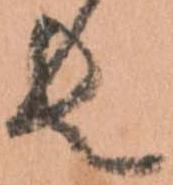
者